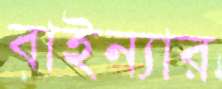
বাইন্যার